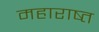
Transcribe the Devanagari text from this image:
महाराष्त